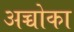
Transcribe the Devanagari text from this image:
अच्चोका